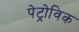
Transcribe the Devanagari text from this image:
पेट्रोविक